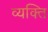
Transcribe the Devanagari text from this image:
व्‍यक्त्‍िा